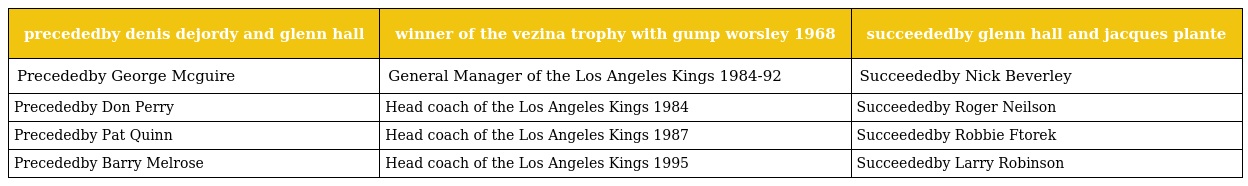
| precededby denis dejordy and glenn hall | winner of the vezina trophy with gump worsley 1968 | succeededby glenn hall and jacques plante |
 | --- | --- | --- |
 | Precededby George Mcguire | General Manager of the Los Angeles Kings 1984-92 | Succeededby Nick Beverley |
 | Precededby Don Perry | Head coach of the Los Angeles Kings 1984 | Succeededby Roger Neilson |
 | Precededby Pat Quinn | Head coach of the Los Angeles Kings 1987 | Succeededby Robbie Ftorek |
 | Precededby Barry Melrose | Head coach of the Los Angeles Kings 1995 | Succeededby Larry Robinson |